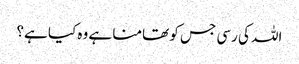
اللہ کی رسی جس کو تھامنا ہے وہ کیا ہے؟